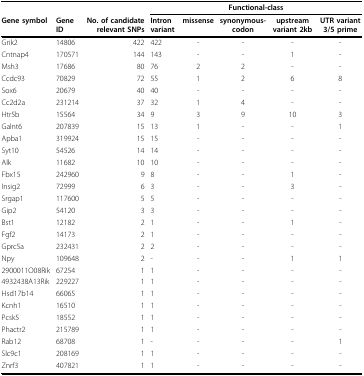
|  |  |  | <COLSPAN=5> Functional-class |
 | Gene symbol | Gene ID | No. of candidate relevant SNPs | Intron variant | missense | synonymous-codon | upstream variant 2kb | UTR variant 3/5 prime |
 | --- | --- | --- | --- | --- | --- | --- | --- |
 | Grik2 | 14806 | 422 | 422 | - | - | - | - |
 | Cntnap4 | 170571 | 144 | 143 | - | - | 1 | - |
 | Msh3 | 17686 | 80 | 76 | 2 | 2 | - | - |
 | Ccdc93 | 70829 | 72 | 55 | 1 | 2 | 6 | 8 |
 | Sox6 | 20679 | 40 | 40 | - | - | - | - |
 | Cc2d2a | 231214 | 37 | 32 | 1 | 4 | - | - |
 | Htr5b | 15564 | 34 | 9 | 3 | 9 | 10 | 3 |
 | Galnt6 | 207839 | 15 | 13 | 1 | - | - | 1 |
 | Apba1 | 319924 | 15 | 15 | - | - | - | - |
 | Syt10 | 54526 | 14 | 14 | - | - | - | - |
 | Alk | 11682 | 10 | 10 | - | - | - | - |
 | Fbx15 | 242960 | 9 | 8 | - | - | 1 | - |
 | Insig2 | 72999 | 6 | 3 | - | - | 3 | - |
 | Srgap1 | 117600 | 5 | 5 | - | - | - | - |
 | Gip2 | 54120 | 3 | 3 | - | - | - | - |
 | Bst1 | 12182 | 2 | 1 | - | - | 1 | - |
 | Fgf2 | 14173 | 2 | 1 | - | - | - | - |
 | Gprc5a | 232431 | 2 | 2 | - | - | - | - |
 | Npy | 109648 | 2 | - | - | - | 1 | 1 |
 | 2900011O08Rik | 67254 | 1 | 1 | - | - | - | - |
 | 4932438A13Rik | 229227 | 1 | 1 | - | - | - | - |
 | Hsd17b14 | 66065 | 1 | 1 | - | - | - | - |
 | Kcnh1 | 16510 | 1 | 1 | - | - | - | - |
 | Pcsk5 | 18552 | 1 | 1 | - | - | - | - |
 | Phactr2 | 215789 | 1 | 1 | - | - | - | - |
 | Rab12 | 68708 | 1 | - | - | - | - | 1 |
 | Slc9c1 | 208169 | 1 | 1 | - | - | - | - |
 | Znrf3 | 407821 | 1 | 1 | - | - | - | - |